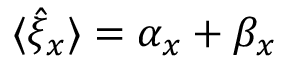
\langle \hat { \xi } _ { x } \rangle = \alpha _ { x } + \beta _ { x }